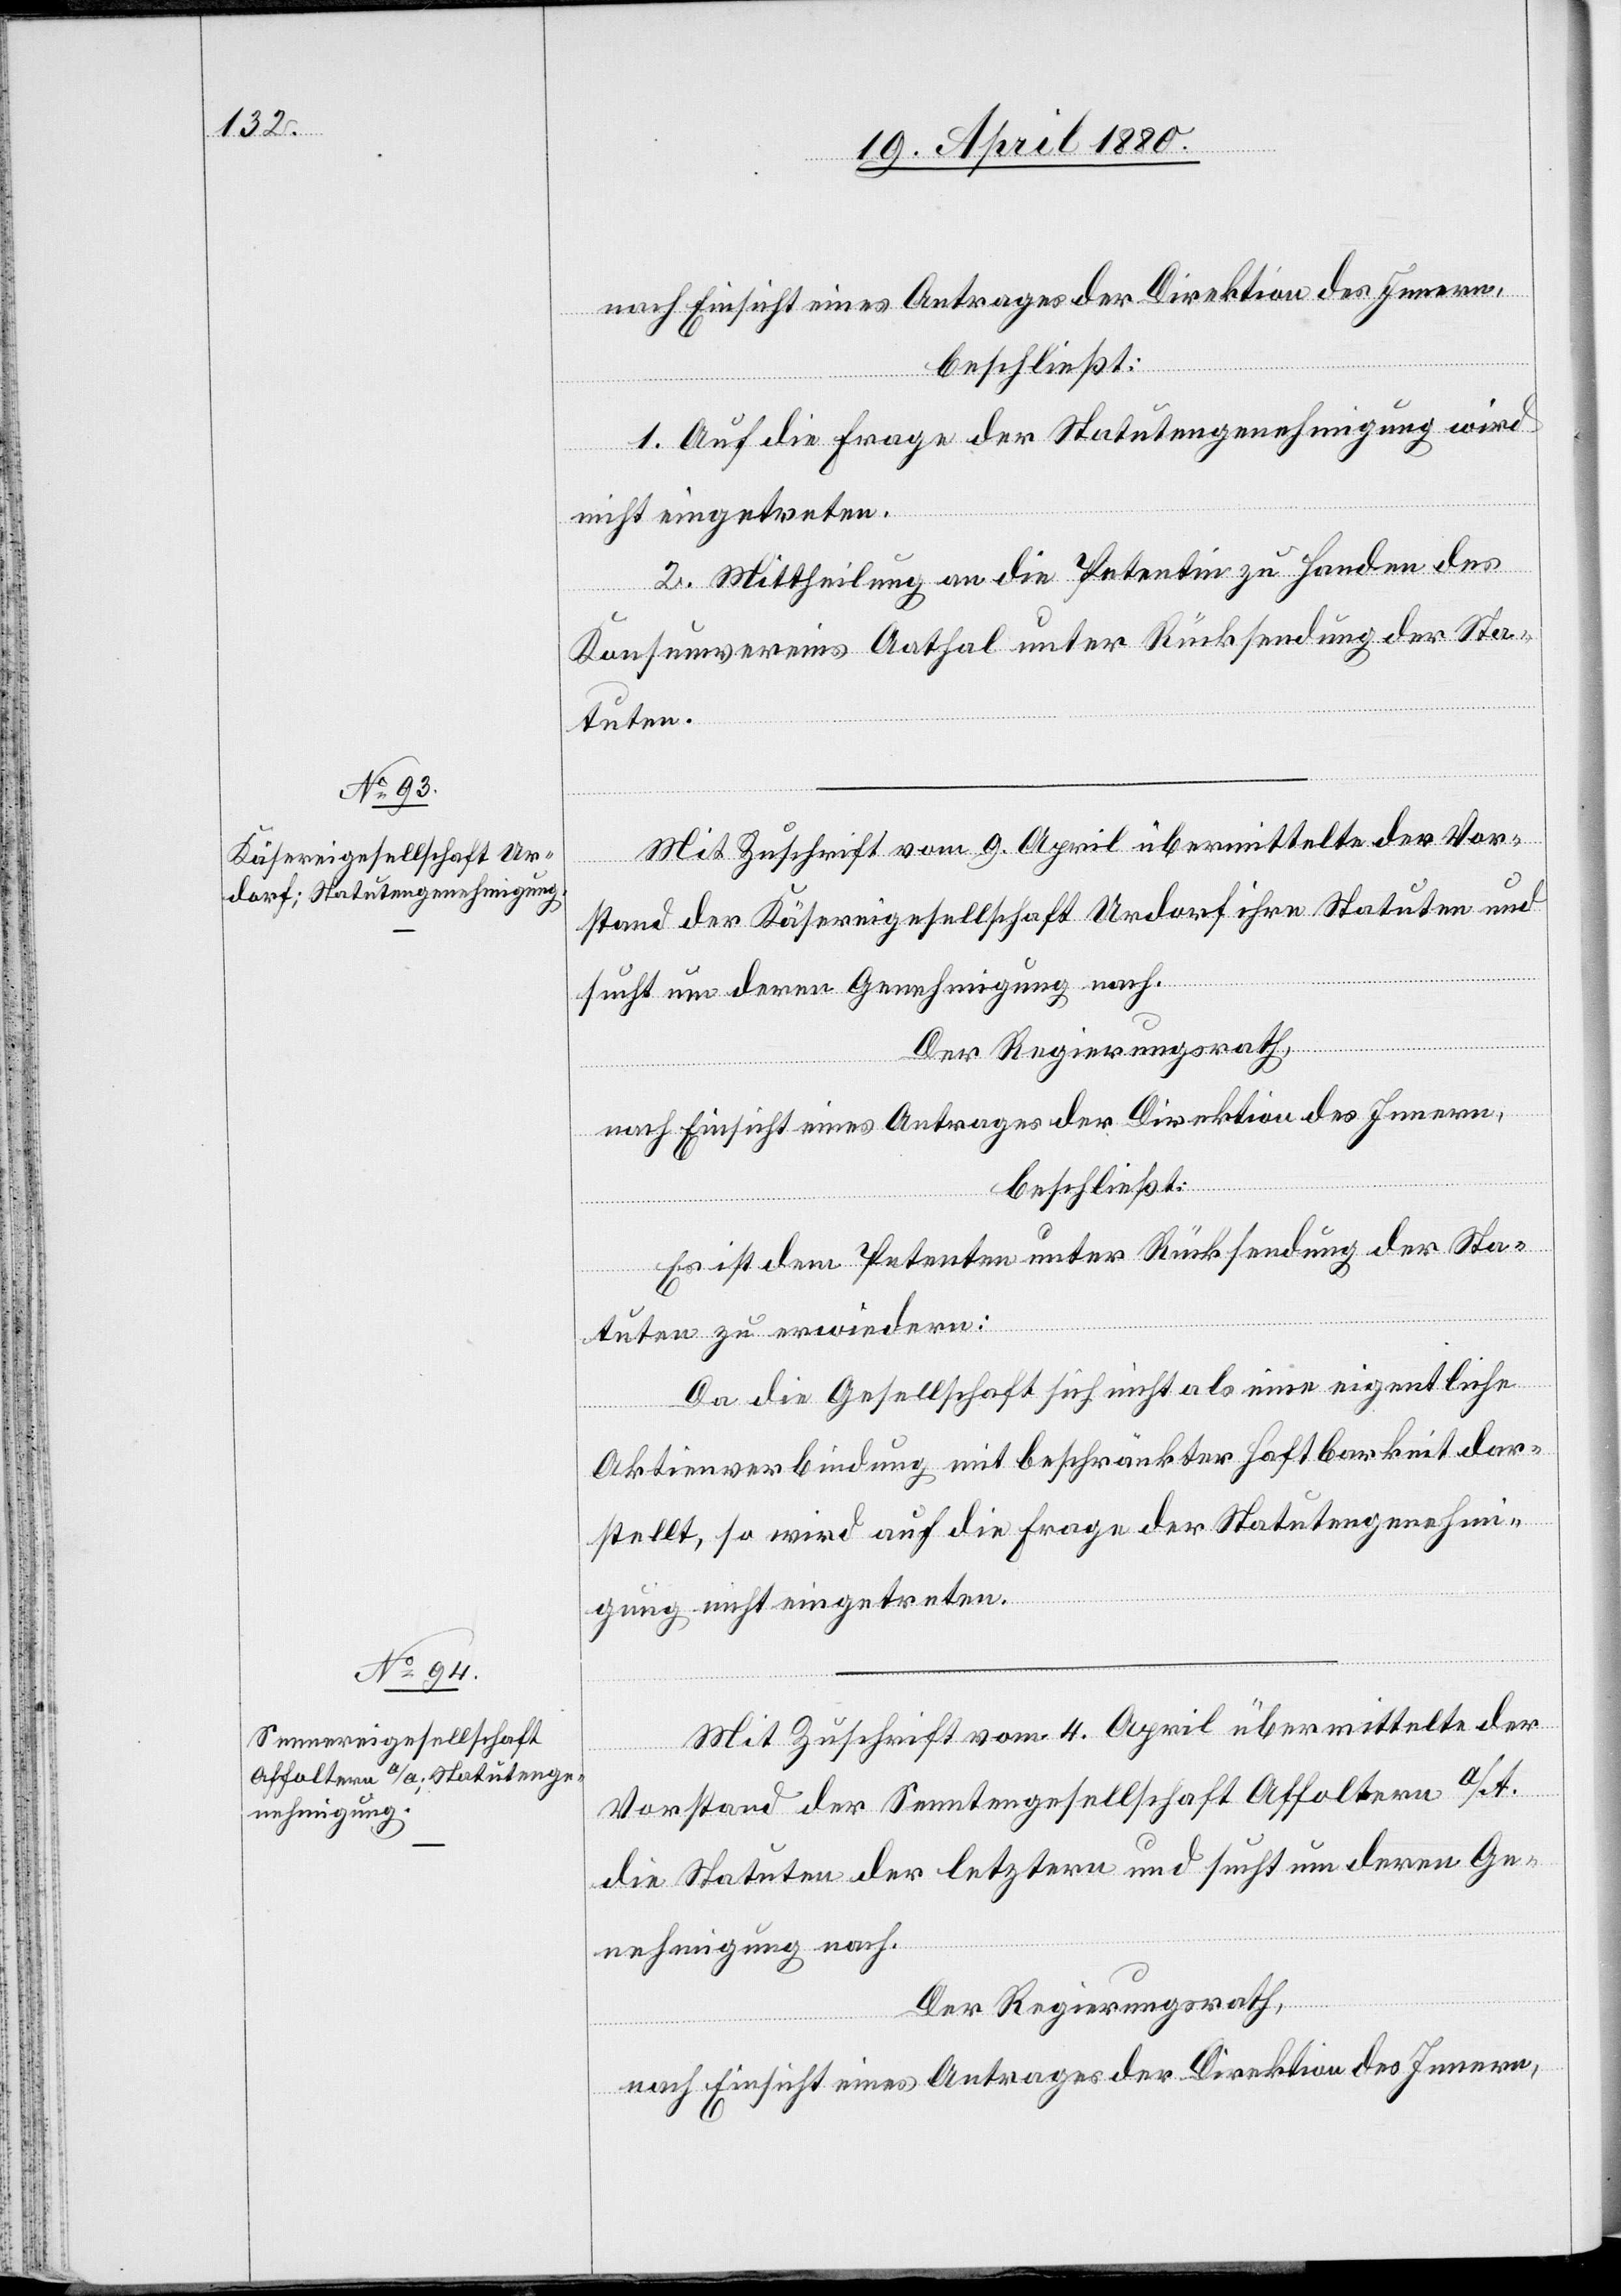
beschließt:
1. Auf die Frage der Statutengenehmigung wird
nicht eingetreten.
2. Mittheilung an die Petentin zu Handen des
Konsumvereins Aathal unter Rücksendung der Sta¬
tuten.
Mit Zuschrift vom 9. April übermittelte der Vor¬
stand der Käsereigesellschaft Urdorf ihre Stauten und
such um deren Genehmigung nach.
Der Regierungsrath,
nach Einsicht eines Antrages der Direktion des Innern,
beschließt:
Es ist dem Petenten unter Rücksendung der Sta¬
tuten zu erwiedern:
Da die Gesellschaft sich nicht als eine eigentliche
Aktienverbindung mit beschränkter Haftbarkeit dar¬
stellt, so wird auf die Frage der Statutengenehmi¬
gung nicht eingetreten.
Mit Zuschrift vom 4. April übermittelte der
Vorstand der Senntengesellschaft [sic!] Affoltern a./A.
die Statuten der letztern und such um deren Ge¬
nehmigung nach.
Der Regierungsrath,
nach Einsicht eines Antrages der Direktion des Innern,